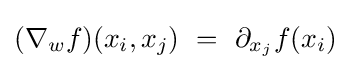
(\nabla _{w}f)(x_{i},x_{j})\ =\ \partial _{x_{j}}f(x_{i})